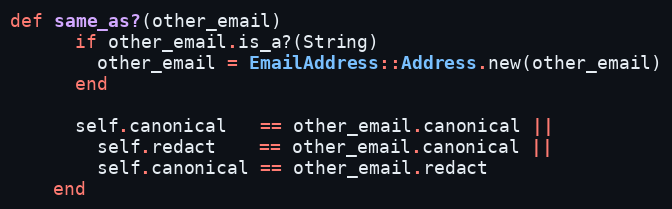
Language: Ruby
def same_as?(other_email)
      if other_email.is_a?(String)
        other_email = EmailAddress::Address.new(other_email)
      end

      self.canonical   == other_email.canonical ||
        self.redact    == other_email.canonical ||
        self.canonical == other_email.redact
    end